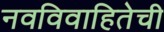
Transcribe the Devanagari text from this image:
नवविवाहितेची